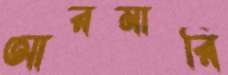
আরমারি